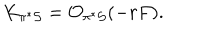
K _ { \pi ^ { * } { \cal S } } = { \cal O } _ { \pi ^ { * } { \cal S } } ( - r F ) .